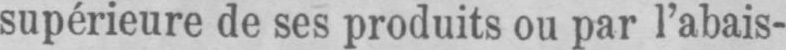
supérieure de ses produits ou par l’abais-